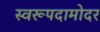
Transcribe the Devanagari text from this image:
स्वरूपदामोदर